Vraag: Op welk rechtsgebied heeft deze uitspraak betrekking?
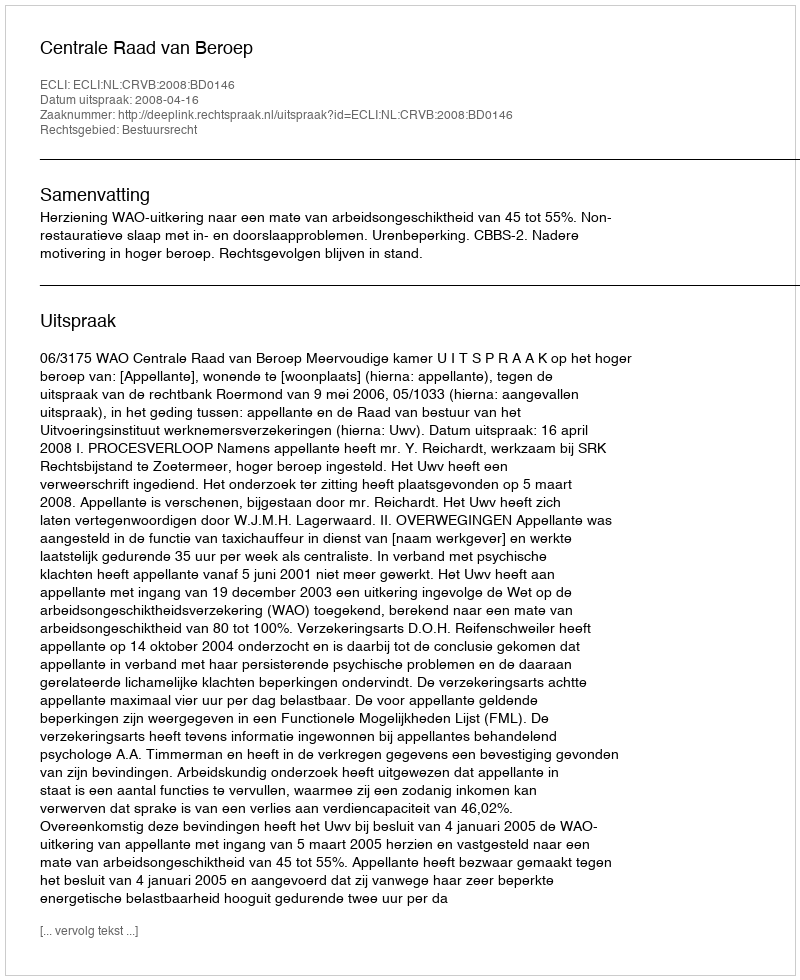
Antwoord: Bestuursrecht